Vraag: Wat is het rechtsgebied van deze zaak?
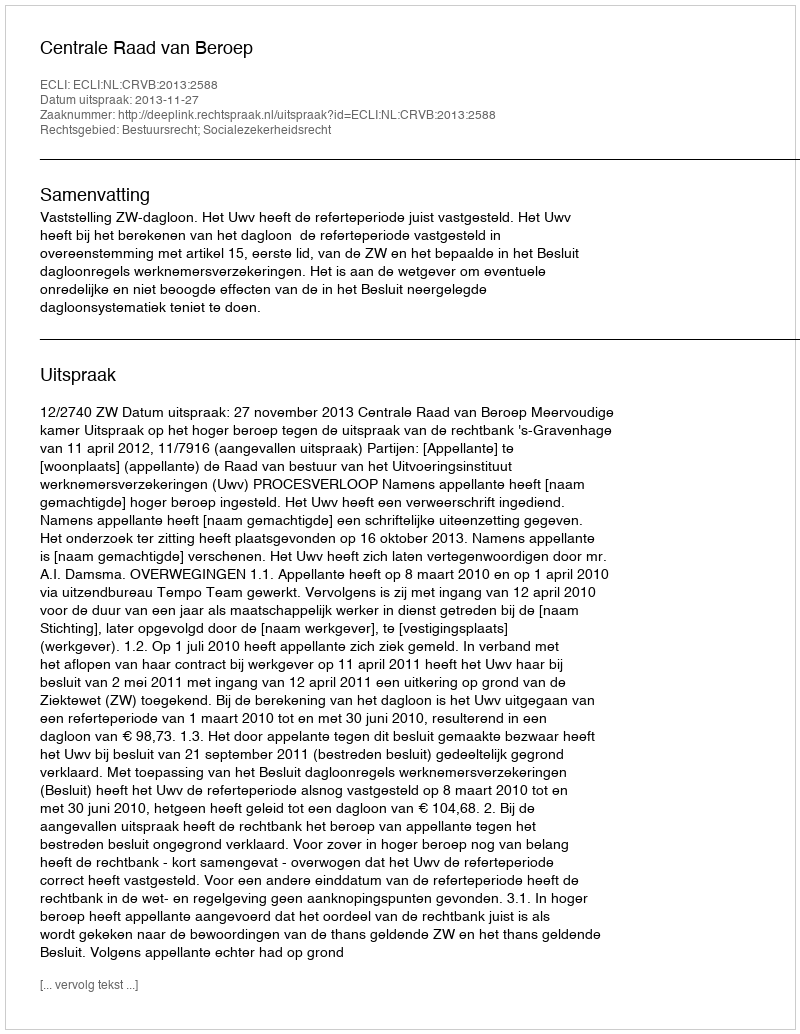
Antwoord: Bestuursrecht; Socialezekerheidsrecht